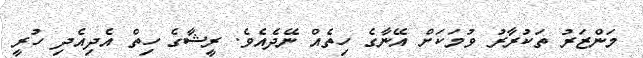
މަންޒަރު ތަކުރާރު ވުމަކަށް އޭނާގެ ހިތެއް ނޭދެއެވެ. ރީޝާގެ ހިތް އެދިިއެދި ހުރީ